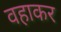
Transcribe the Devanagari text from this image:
वहाकर